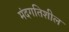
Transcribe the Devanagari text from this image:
मंदगतिशील